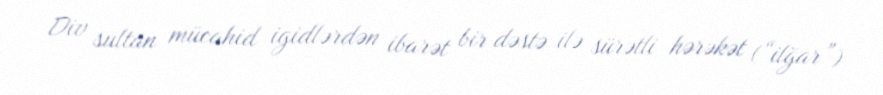
Div sultan mücahid igidlərdən ibarət bir dəstə ilə sürətli hərəkət (“ilğar”)